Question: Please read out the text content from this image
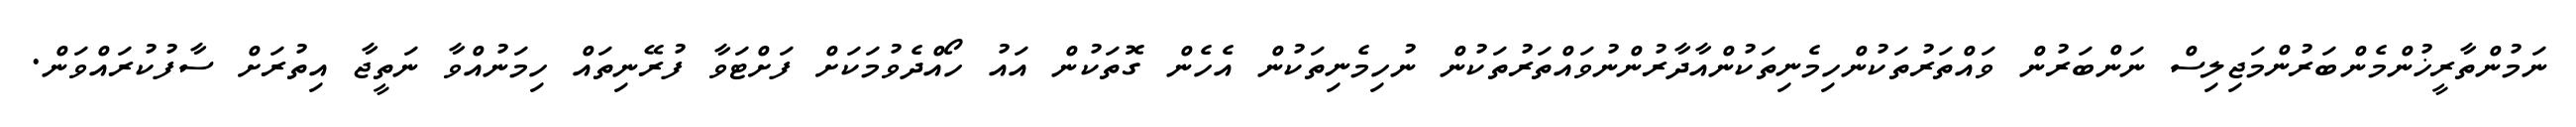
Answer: ނަމުންތާރީޚުންމެންބަރުންމަޖިލިސް ނަންބަރުން ވައްތަރުތަކުންހިމެނިތަކުންއާދާރުންނުވައްތަރުތަކުން ނުހިމެނިތަކުން އެހެން ގޮތަކުން އައު ހޯއްދެވުމަކަށް ފަށްޓަވާ ފުރޭނިތައް ހިމަނުއްވާ ނަތީޖާ އިތުރަށް ސާފުކުރައްވަން.